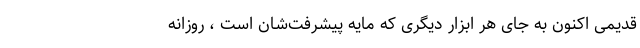
قدیمی اکنون به ‌جای هر ابزار دیگری که مایه پیشرفت‌شان است ، روزانه